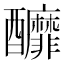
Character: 釄